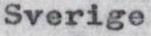
Sverige